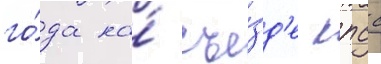
го́да на́ съе́зд'е кпсс